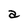
Character: a